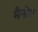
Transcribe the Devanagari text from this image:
मैनोए